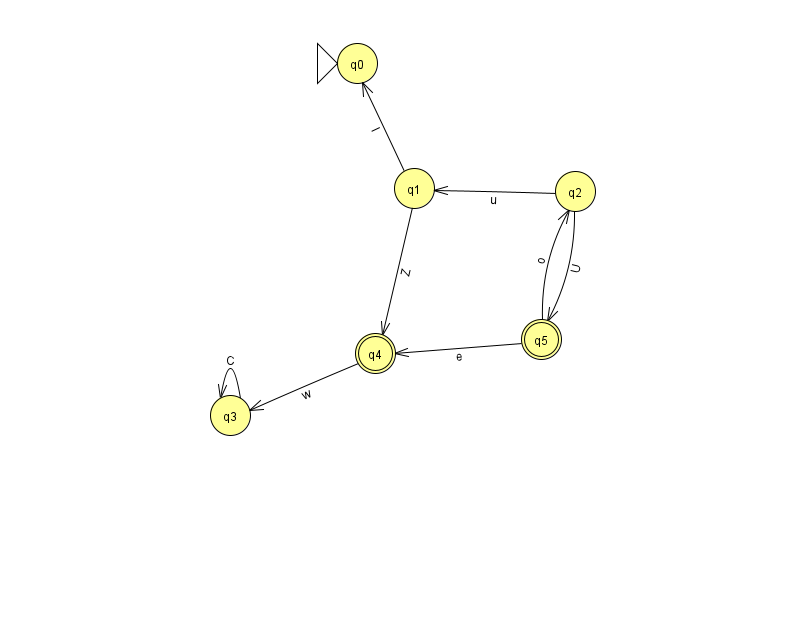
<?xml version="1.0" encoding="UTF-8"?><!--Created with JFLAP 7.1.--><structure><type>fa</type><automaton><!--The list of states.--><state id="0" name="q0"><x>357.0</x><y>50.0</y><initial/></state><state id="1" name="q1"><x>414.0</x><y>175.0</y></state><state id="2" name="q2"><x>575.0</x><y>178.0</y></state><state id="3" name="q3"><x>230.0</x><y>402.0</y></state><state id="4" name="q4"><x>375.0</x><y>340.0</y><final/></state><state id="5" name="q5"><x>541.0</x><y>326.0</y><final/></state><!--The list of transitions.--><transition><from>5</from><to>2</to><read>o</read></transition><transition><from>3</from><to>3</to><read>C</read></transition><transition><from>1</from><to>4</to><read>Z</read></transition><transition><from>2</from><to>5</to><read>U</read></transition><transition><from>2</from><to>1</to><read>u</read></transition><transition><from>4</from><to>3</to><read>w</read></transition><transition><from>5</from><to>4</to><read>e</read></transition><transition><from>1</from><to>0</to><read>l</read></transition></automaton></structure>